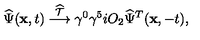
\widehat \Psi ( { \bf x } , t ) \stackrel { \widehat { \cal T } } { \longrightarrow } \gamma ^ { 0 } \gamma ^ { 5 } i O _ { 2 } \widehat \Psi ^ { T } ( { \bf x } , - t ) ,